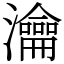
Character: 瀹